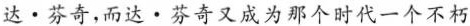
达·芬奇，而达·芬奇又成为那个时代一个不朽